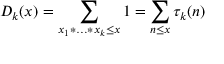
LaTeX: D _ { k } ( x ) = \sum _ { x _ { 1 } * \ldots * x _ { k } \leq x } 1 = \sum _ { n \leq x } \tau _ { k } ( n )